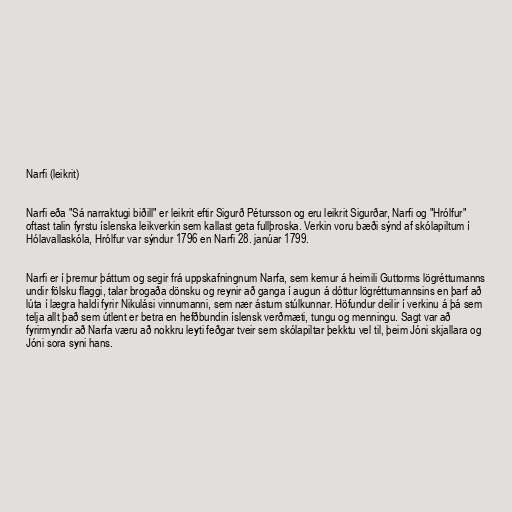
Narfi (leikrit)

Narfi eða "Sá narraktugi biðill" er leikrit eftir Sigurð Pétursson og eru leikrit Sigurðar, Narfi og "Hrólfur"
oftast talin fyrstu íslenska leikverkin sem kallast geta fullþroska. Verkin voru bæði sýnd af skólapiltum í
Hólavallaskóla, Hrólfur var sýndur 1796 en Narfi 28. janúar 1799.

Narfi er í þremur þáttum og segir frá uppskafningnum Narfa, sem kemur á heimili Guttorms lögréttumanns
undir fölsku flaggi, talar brogaða dönsku og reynir að ganga í augun á dóttur lögréttumannsins en þarf að
lúta í lægra haldi fyrir Nikulási vinnumanni, sem nær ástum stúlkunnar. Höfundur deilir í verkinu á þá sem
telja allt það sem útlent er betra en hefðbundin íslensk verðmæti, tungu og menningu. Sagt var að
fyrirmyndir að Narfa væru að nokkru leyti feðgar tveir sem skólapiltar þekktu vel til, þeim Jóni skjallara og
Jóni sora syni hans.